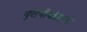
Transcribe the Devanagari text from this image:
युरोपीयांसाठी